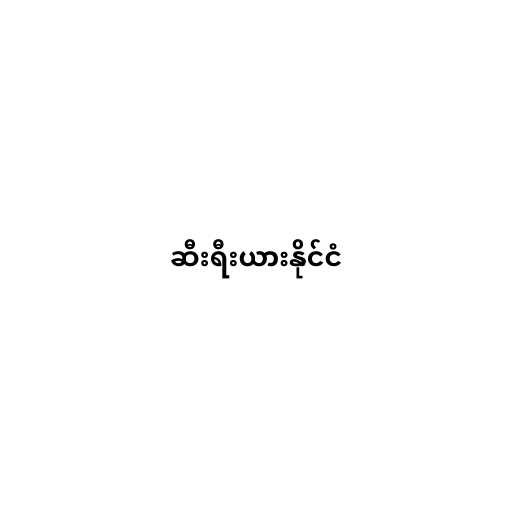
ဆီးရီးယားနိုင်ငံ